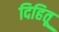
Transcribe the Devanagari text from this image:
दिहितू